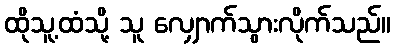
ထိုသူ့ထံသို့ သူ လျှောက်သွားလိုက်သည်။